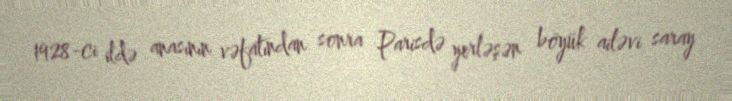
1928-ci ildə anasının vəfatından sonra Parisdə yerləşən böyük ailəvi saray